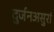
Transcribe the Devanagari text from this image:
दुर्जनअसुरां